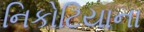
નિકોટિયાના